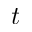
t